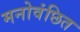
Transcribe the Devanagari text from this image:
मनोवंछित